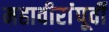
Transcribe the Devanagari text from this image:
महावीरांंपूर्वी